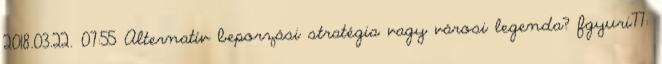
2018.03.22. 07:55 Alternatív beporzási stratégia vagy városi legenda? fgyuri77: